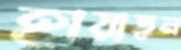
হায়াতুন